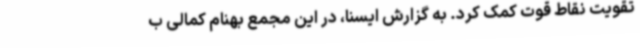
تقویت نقاط قوت کمک کرد. به گزارش ایسنا، در این مجمع بهنام کمالی ب